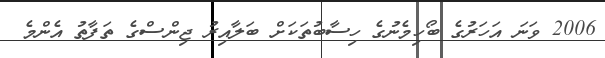
2006 ވަނަ އަހަރުގެ ބޯހިމެނުގެ ހިސާބުތަކަށް ބަލާއިރު ޖިންސްގެ ތަފާތު އެންމެ